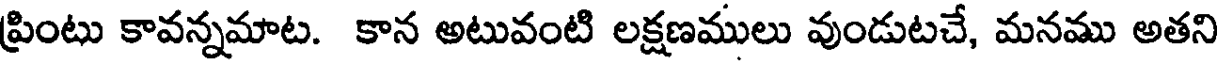
ప్రింటు కావన్నమాట. కాన అటువంటి లక్షణములు వుండుటచే, మనము అతని